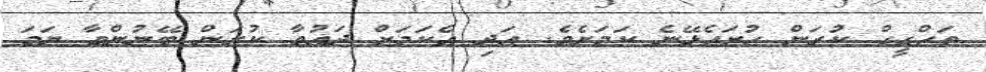
ތަހްގީގް ކުރަން ހުށަހެޅޭނެ ކަމަށެވެ. އަދި އެކަމަށް ދައުވާ ކުރަން ބޭނުންވާ ނަމަ